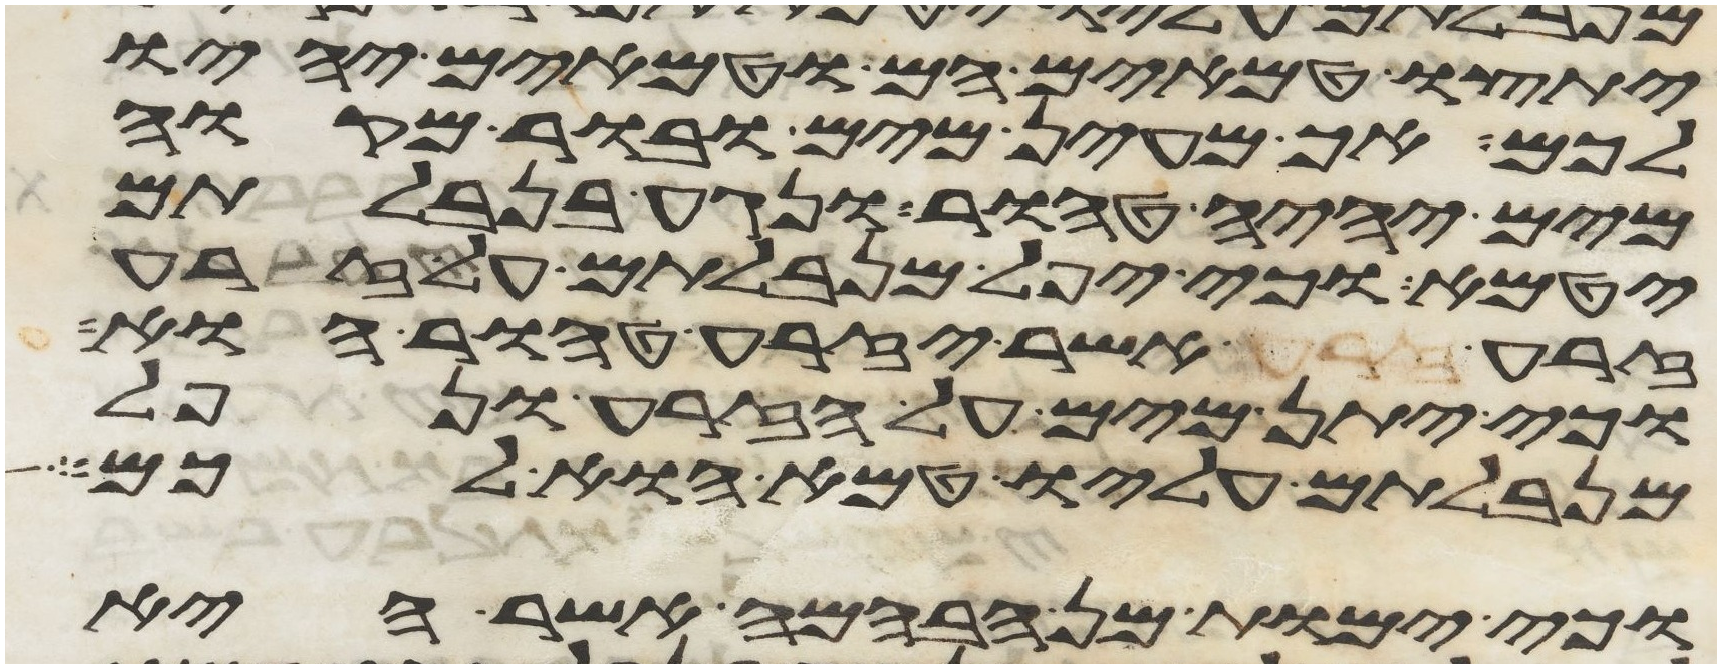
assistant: יתצו טמאים הם וטמאים יהיו
לכם אך מעין מים ובור מקוה
מים יהיה טהור ונגע בנבלתם
יטמא וכי יפל מנבלתם על זרע
זרע זרע אשר יזרע טהור הוא
וכי יתן מים על הזרע ונפל
מנבלתם עליו טמא הוא לכם
וכי ימות מן הבהמה אשר היא